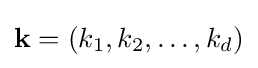
\mathbf {k} =(k_{1},k_{2},\ldots ,k_{d})